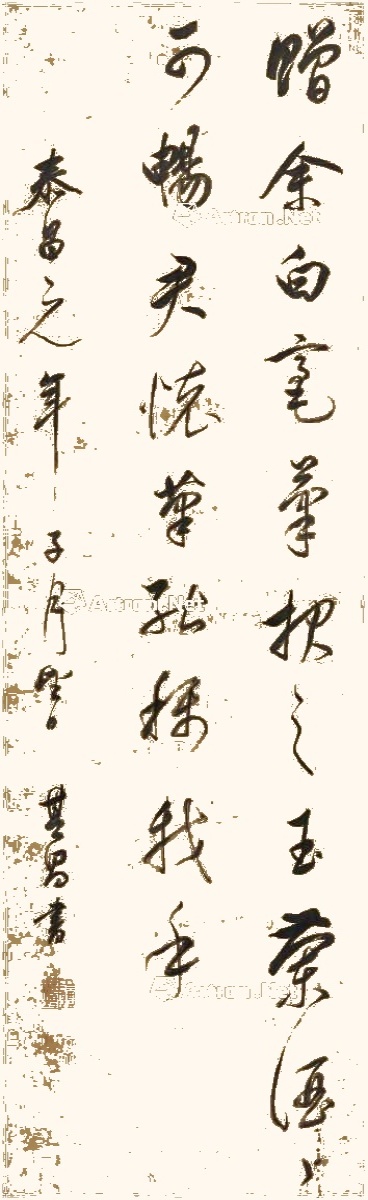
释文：赠余白毫笔，报之玉兰酒。酒可畅君怀，笔能称我手。泰昌元年子月望日，其昌书。